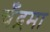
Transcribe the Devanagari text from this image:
चँद्रमा